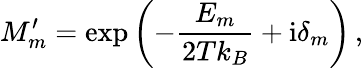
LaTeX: M_{m}^{\prime}=\exp\left(-\frac{E_{m}}{2Tk_{B}}+\mathrm{i}\delta_{m}\right)\, ,